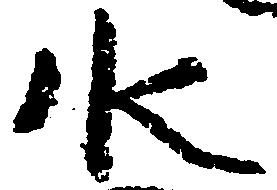
水